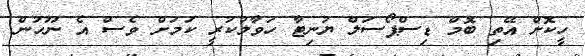
ހީކޮށް އޭތި ބޮމް ޑިސްޕޯސަލް ޔުނިޓާ ހަވާލުކުރީ ކަމަށް ވެސް އެ ނޫހުން